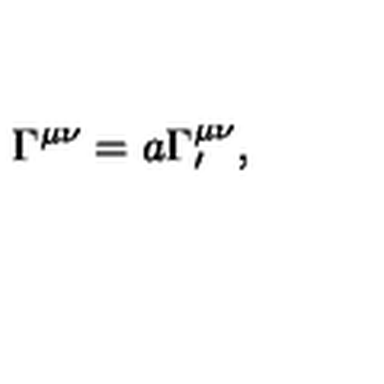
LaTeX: \Gamma ^ { \mu \nu } = a \Gamma _ { \prime } ^ { \mu \nu } ,